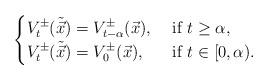
LaTeX: \begin{align*}\begin{cases}V_{t}^\pm(\tilde{\vec x})=V_{t-\alpha}^\pm(\vec x),&\mbox{ if }t\geq\alpha,\\V_t^\pm(\tilde{\vec x})=V_0^\pm(\vec x),&\mbox{ if }t\in[0,\alpha).\end{cases}\end{align*}